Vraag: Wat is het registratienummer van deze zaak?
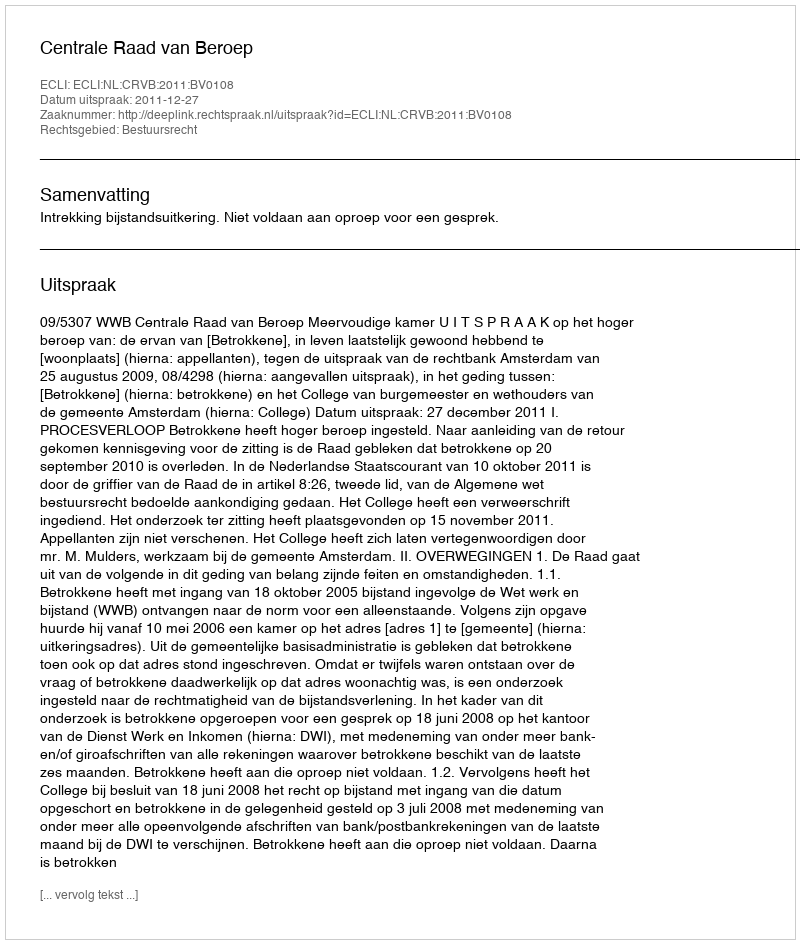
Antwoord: http://deeplink.rechtspraak.nl/uitspraak?id=ECLI:NL:CRVB:2011:BV0108